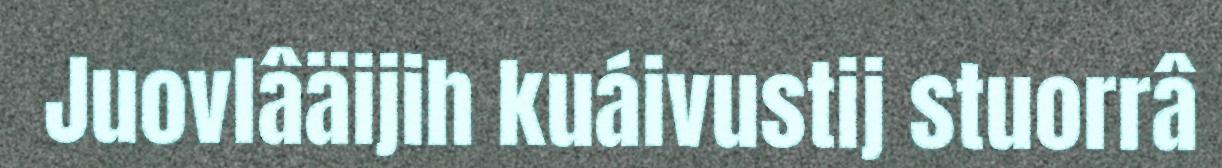
Juovlâäijih kuáivustij stuorrâ